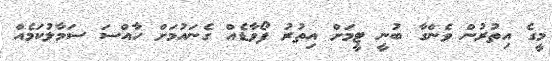
މީގެ އިތުރުން ވެންގާ ބުނީ ޓީމަށް އިތުރު ފޯވާޑެއް ގެނައުމަށް ހާއްސަ ސަމާލުކަމެއް